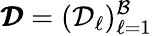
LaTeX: \pmb{\mathcal{D}}=(\mathcal{D}_{\ell})_{\ell=1}^{\mathcal{B}}